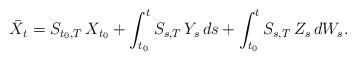
LaTeX: \begin{align*} \bar{X}_t= S_{ t_0, T } \, X_{ t_0 } + \int_{ t_0 }^t S_{ s, T } \, Y_s \, ds + \int_{ t_0 }^t S_{ s, T } \, Z_s \, dW_s .\end{align*}